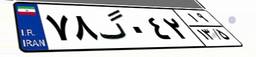
۷۸گ۰۴۲۱۹